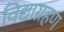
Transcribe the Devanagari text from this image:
विद्याग्रहण